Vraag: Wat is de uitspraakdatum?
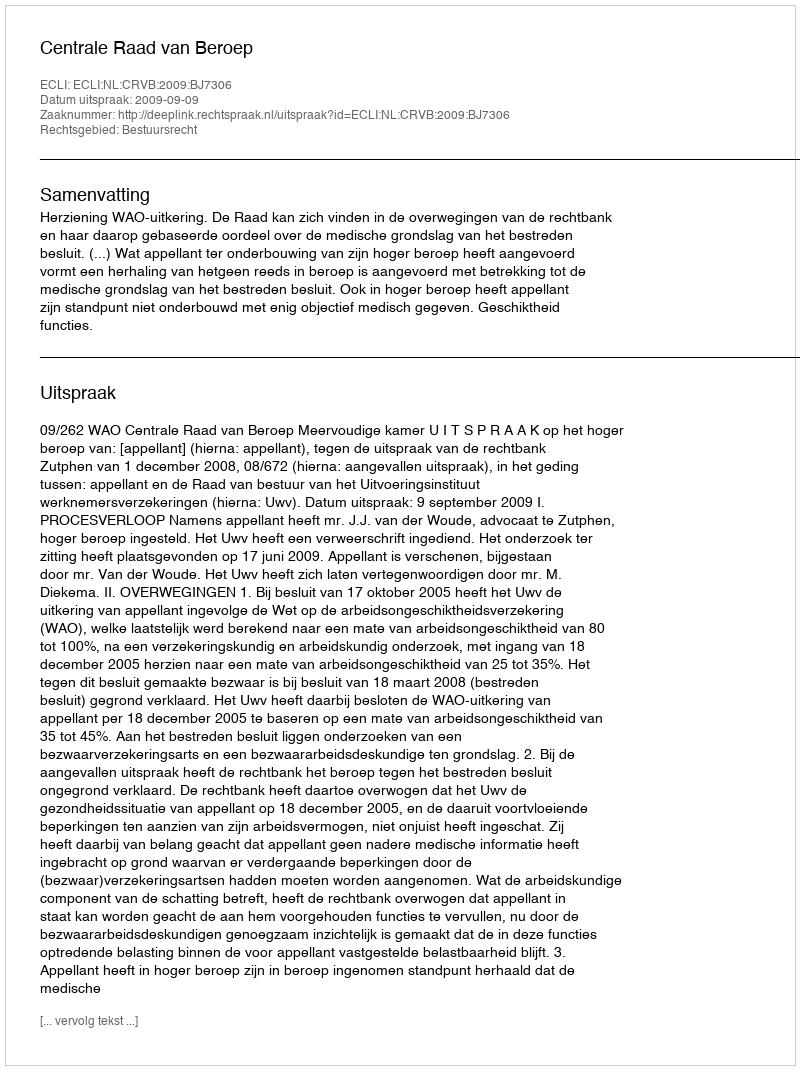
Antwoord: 2009-09-09